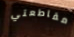
مقاطعتي